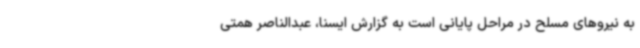
به نیروهای مسلح در مراحل پایانی است به گزارش ایسنا، عبدالناصر همتی